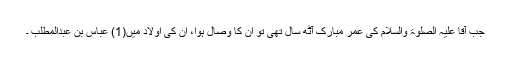
جب آقا علیہ الصلوۃ والسلام کی عمر مبارک آٹھ سال تھی تو ان کا وصال ہوا، ان کی اولاد میں(1) عباس بن عبدالمطلب ۔